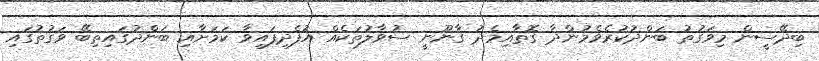
ބިދޭސީން މިވަގުތު ބަންދުކުރެވެމުންދާ ގޮތާއިމެދު ގާނޫނީ ސުވާލުތަކެއް އުފެދިފައިވާ ކަމަށާއި ބަންދުގައިތިބޭ ވަގުތުގައި